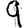
Digit: 9